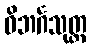
ဝိဘင်္ဂသုတ္တ